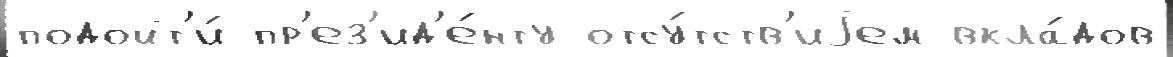
подойт'и́ пр'ез'ид'е́нту отсу́тств'иjем вкла́дов